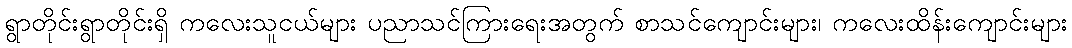
ရွာတိုင်းရွာတိုင်းရှိ ကလေးသူငယ်များ ပညာသင်ကြားရေးအတွက် စာသင်ကျောင်းများ၊ ကလေးထိန်းကျောင်းများ